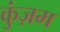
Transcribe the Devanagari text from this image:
कुंज़म